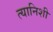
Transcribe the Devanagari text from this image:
त्यानिशी